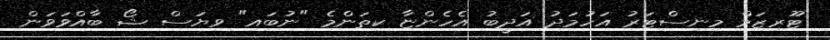
ޓޫރިޒަމް މިނިސްޓަރު އަހުމަދު އަދީބު އެހެންޏާ ކިތަންމެ "ނުބައި" ވިޔަސް ޝޯ ބާއްވަވަން